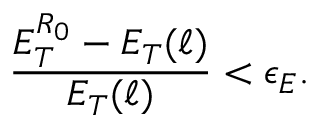
{ \frac { E _ { T } ^ { R _ { 0 } } - E _ { T } ( \ell ) } { E _ { T } ( \ell ) } } < \epsilon _ { E } .